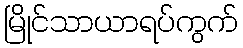
မြိုင်သာယာရပ်ကွက်